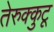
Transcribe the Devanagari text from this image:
तेरुक्कुटू